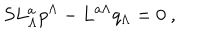
S L _ { \Lambda } ^ { a } p ^ { \Lambda } - L ^ { a \Lambda } q _ { \Lambda } = 0 \ ,